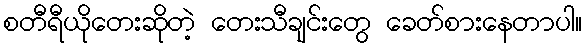
စတီရီယိုတေးဆိုတဲ့ တေးသီချင်းတွေ ခေတ်စားနေတာပါ။